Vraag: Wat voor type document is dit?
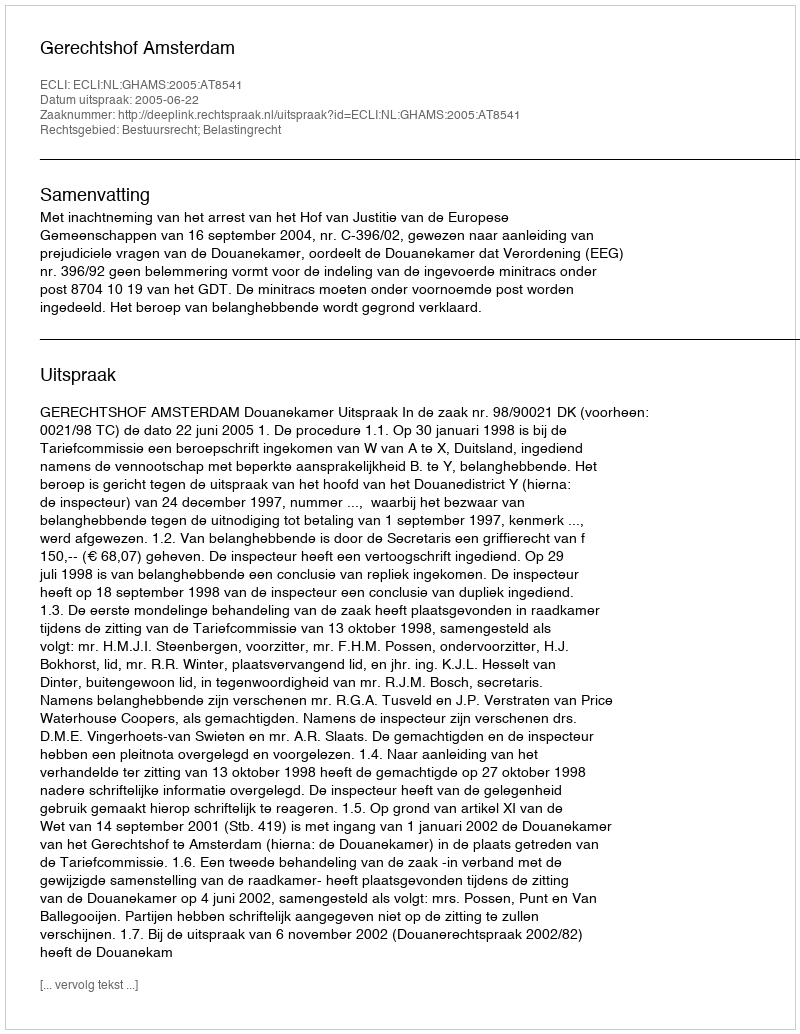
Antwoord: Uitspraak